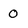
Character: 0